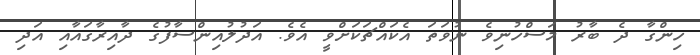
ހިންގާ ދެ ބާރު މަސްހުނިވެ ނުވަތަ އެކައްޗަކަށްވީ އެވެ. އަދުލުއިންސާފުގެ ދާއިރާގައާއި އަދި